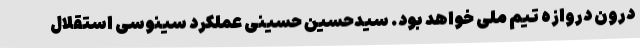
درون دروازه تیم ملی خواهد بود. سیدحسین حسینی عملکرد سینوسی استقلال